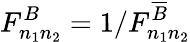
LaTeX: F_{n_{1}n_{2}}^{B}=1/F_{n_{1}n_{2}}^{\overline{{B}}}